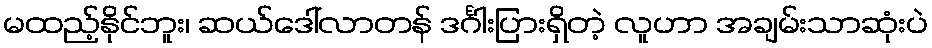
မထည့်နိုင်ဘူး၊ ဆယ်ဒေါ်လာတန် ဒင်္ဂါးပြားရှိတဲ့ လူဟာ အချမ်းသာဆုံးပဲ